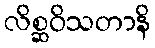
လိစ္ဆဝိသတာနိ